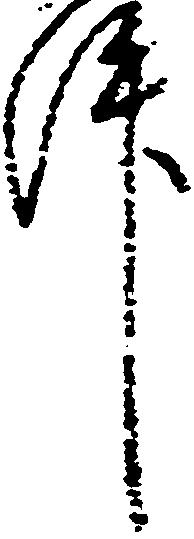
件